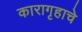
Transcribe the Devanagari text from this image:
कारागृहाचे